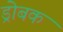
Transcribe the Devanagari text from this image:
ड्रोबक